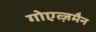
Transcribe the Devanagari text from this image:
गोएत्ज़मैन